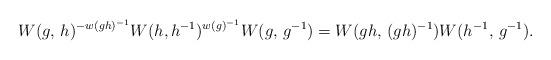
LaTeX: \begin{align*}W(g,\,h)^{-w(gh)^{-1}}W(h,h^{-1})^{w(g)^{-1}}W(g,\,g^{-1})=W(gh,\,(gh)^{-1})W(h^{-1},\, g^{-1}).\end{align*}